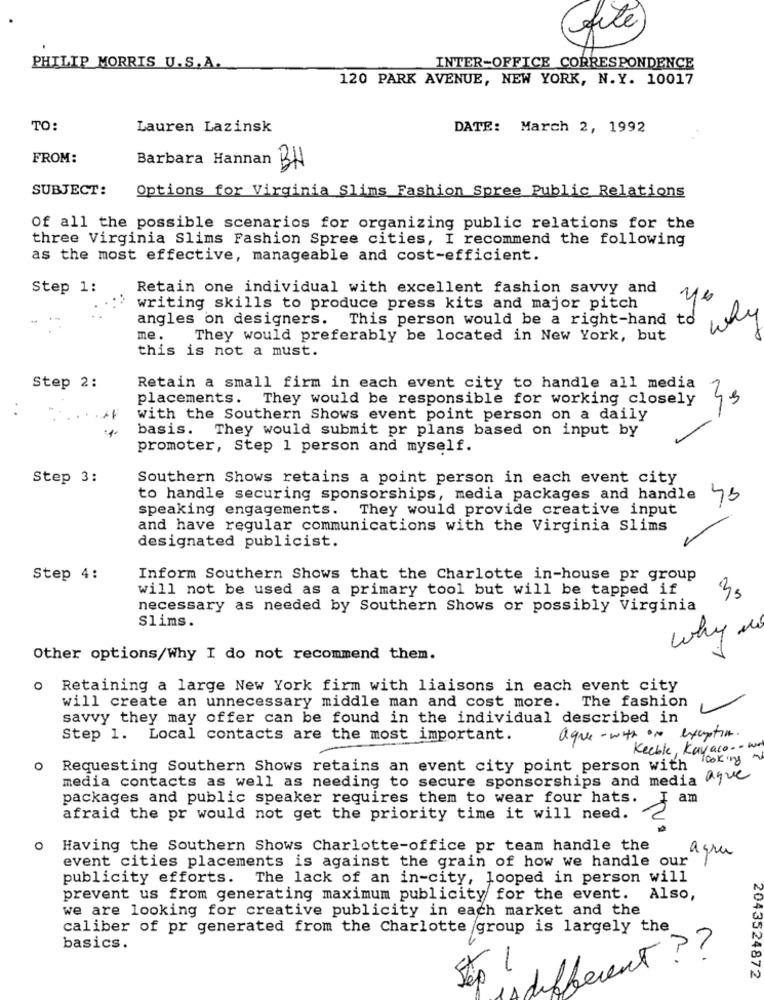
file
PHILIP MORRIS U.S.A.
INTER-OFFICE CORRESPONDENCE
120 PARK AVENUE, NEW YORK, N.Y. 10017
TO:
Lauren Lazinsk
DATE: March 2, 1992
FROM:
Barbara Hannan BH
SUBJECT:
Options for Virginia Slims Fashion Spree Public Relations
Of all the possible scenarios for organizing public relations for the
three Virginia Slims Fashion Spree cities, I recommend the following
as the most effective, manageable and cost-efficient.
Step 1:
Retain one individual with excellent fashion savvy and
writing skills to produce press kits and major pitch
angles on designers. This person would be a right-hand to
why
me.
They would preferably be located in New York, but
this is not a must.
Step 2:
Retain a small firm in each event city to handle all media
placements.
They would be responsible for working closely
with the Southern Shows event point person on a daily
basis. They would submit pr plans based on input by
promoter, Step 1 person and myself.
Step 3:
Southern Shows retains a point person in each event city
to handle securing sponsorships, media packages and handle 45
speaking engagements.
They would provide creative input
and have regular communications with the Virginia Slims
designated publicist.
Step 4:
Inform Southern Shows that the Charlotte in-house pr group
will not be used as a primary tool but will be tapped if
AN
necessary as needed by Southern Shows or possibly Virginia
Slims.
why do
Other options/Why I do not recommend them.
o Retaining a large New York firm with liaisons in each event city
will create an unnecessary middle man and cost more. The fashion
savvy they may offer can be found in the individual described in
Step 1. Local contacts are the most important.
aque- with one exception.
Keeble, Kayaco . . we
looking
o
Requesting Southern Shows retains an event city point person with
media contacts as well as needing to secure sponsorships and media aque
packages and public speaker requires them to wear four hats.
am
afraid the pr would not get the priority time it will need.
0
Having the Southern Shows Charlotte-office pr team handle the
agru
event cities placements is against the grain of how we handle our
publicity efforts. The lack of an in-city, looped in person will
prevent us from generating maximum publicity for the event. Also,
we are looking for creative publicity in each market and the
caliber of pr generated from the Charlotte group is largely the
basics.
ent ??
1
2043524872